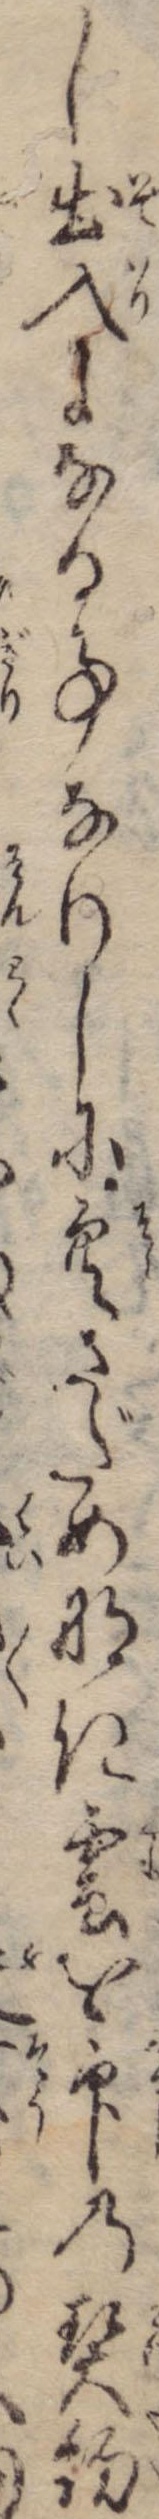
し出入になる事なりしに空さだめなき雲を印の契約